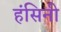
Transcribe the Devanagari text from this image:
हंसिनी